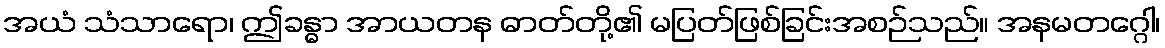
အယံ သံသာရော၊ ဤခန္ဓာ အာယတန ဓာတ်တို့၏ မပြတ်ဖြစ်ခြင်းအစဉ်သည်။ အနမတဂ္ဂေါ၊